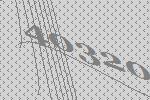
40320